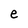
Character: e